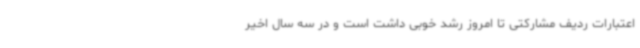
اعتبارات ردیف مشارکتی تا امروز رشد خوبی داشت است و در سه سال اخیر